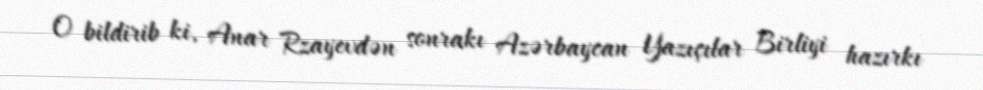
O bildirib ki, Anar Rzayevdən sonrakı Azərbaycan Yazıçılar Birliyi hazırkı